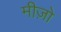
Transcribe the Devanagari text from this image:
मीज़ो